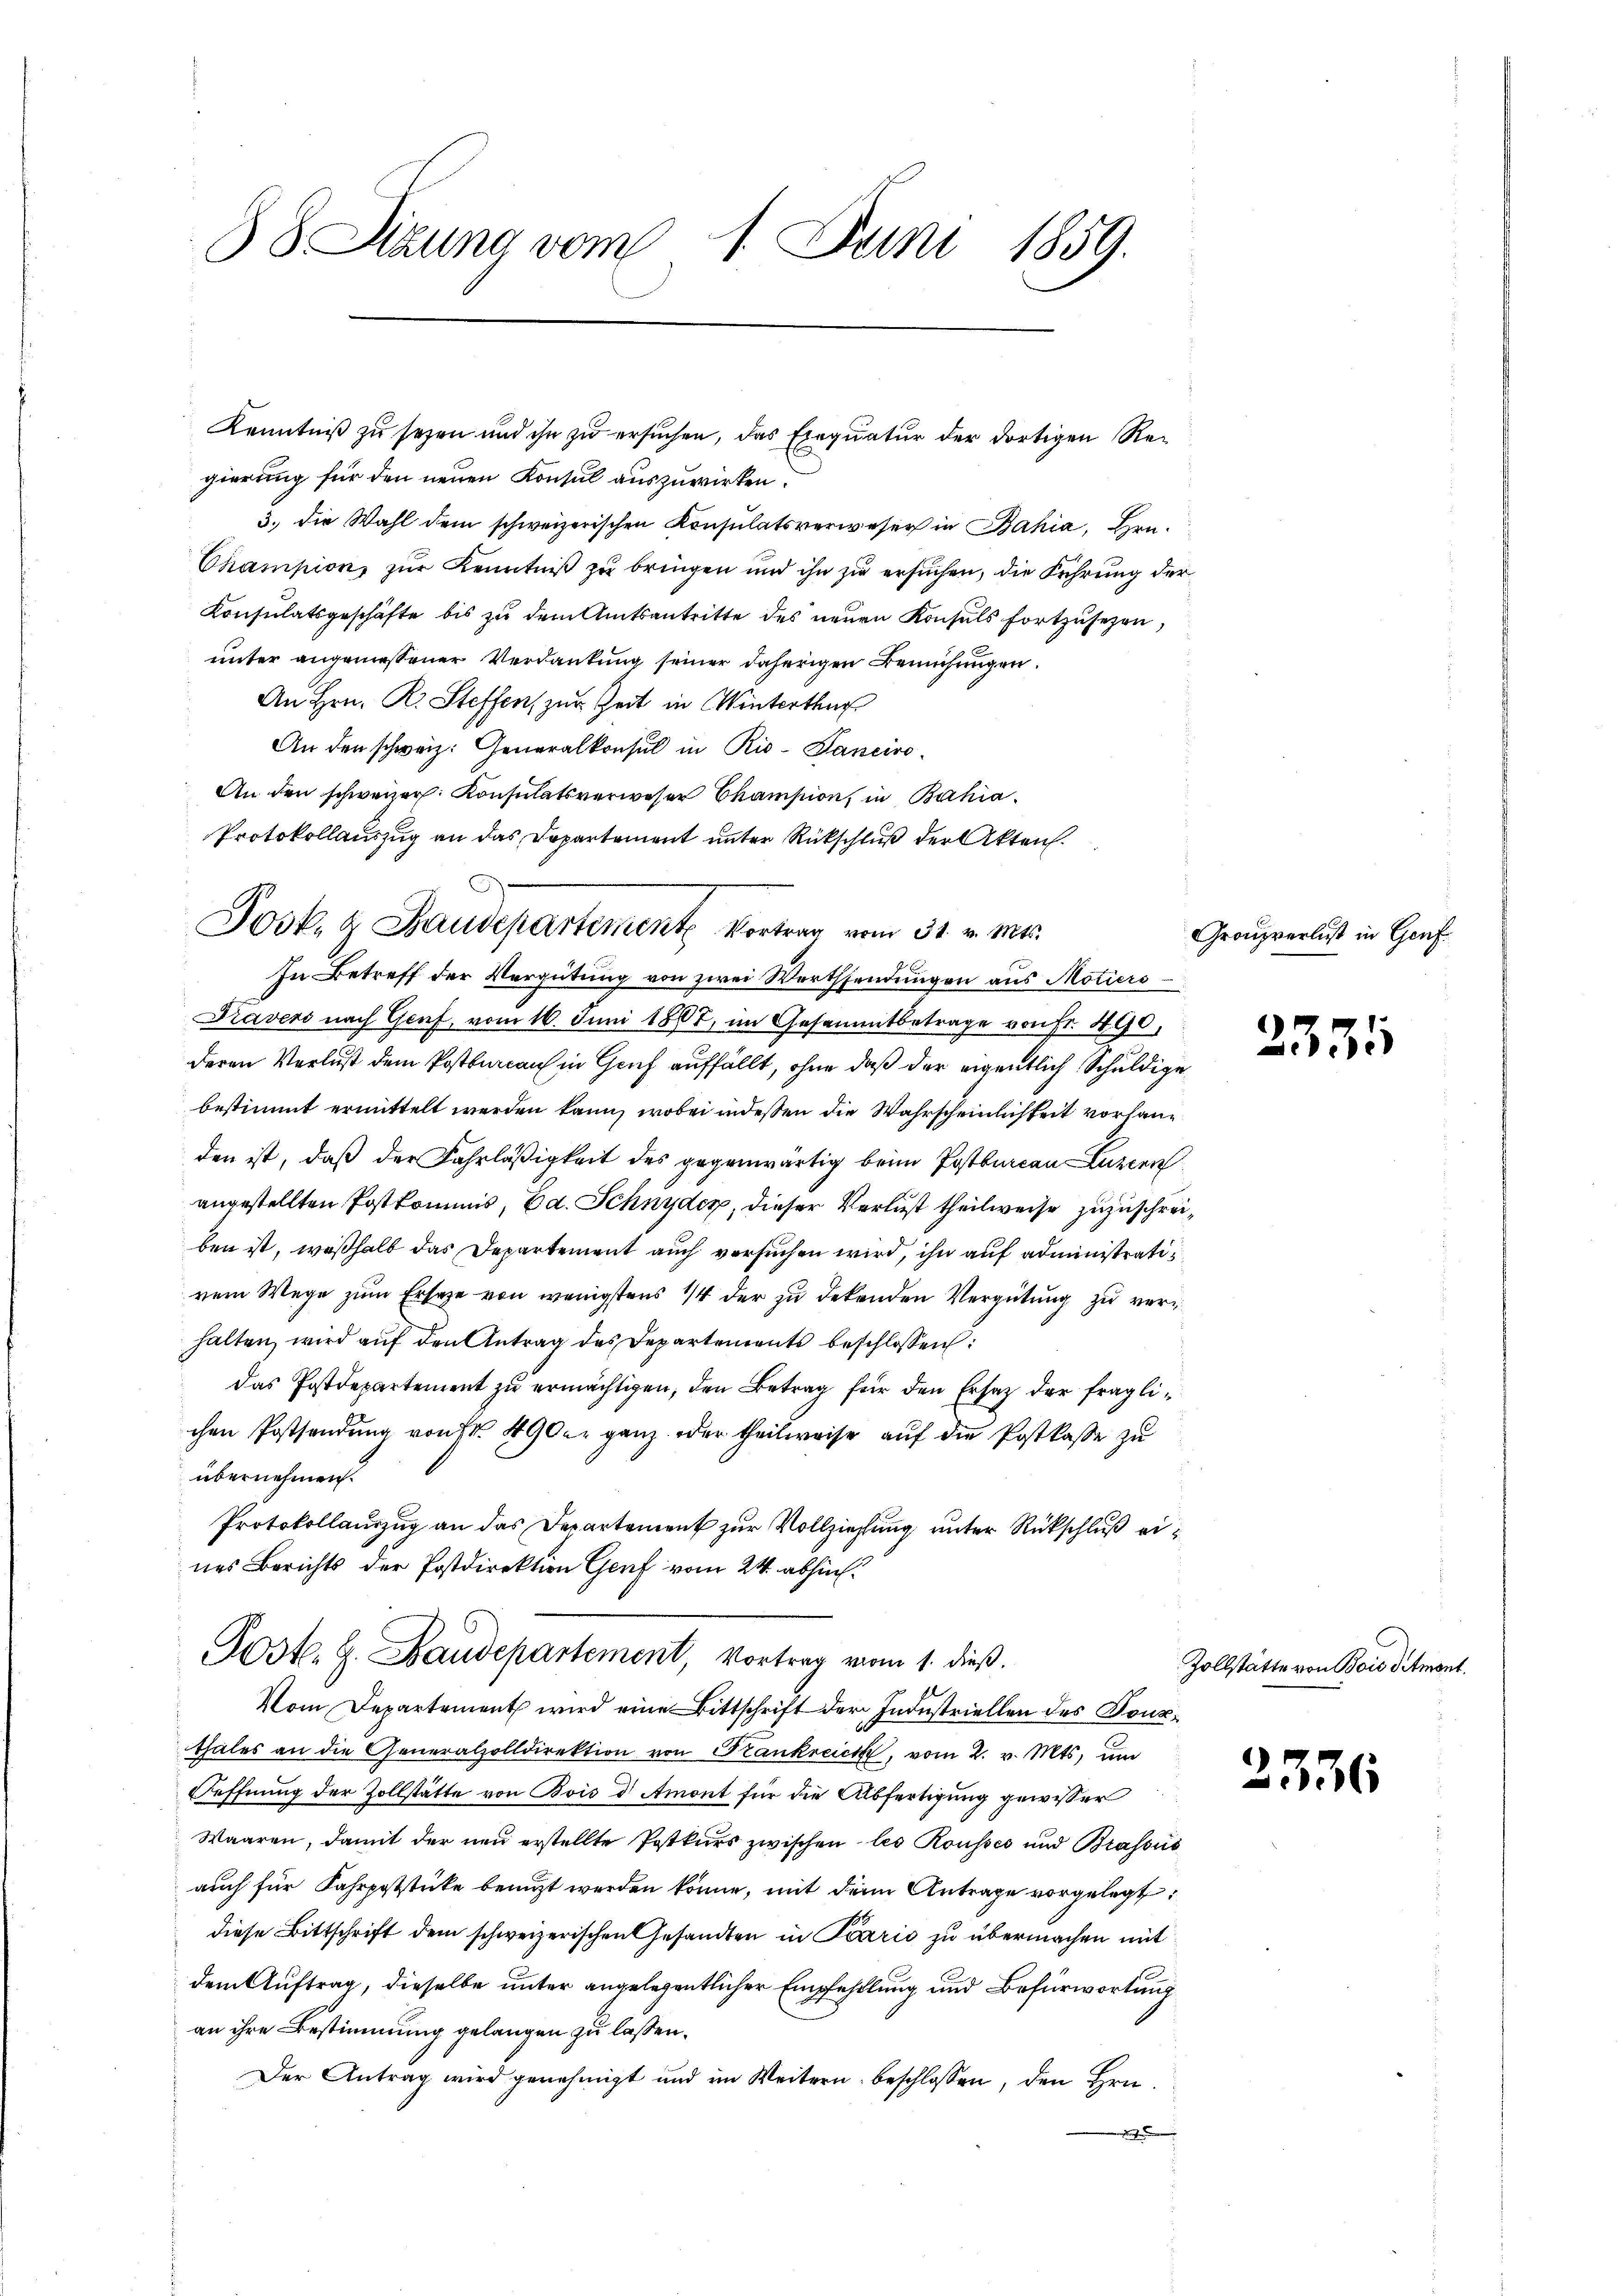
88 Sizung vom 1. Juni 1859.

Kenntniß zu seyen und ihn zu ersuchen, das Exequatur der dortigen Regierung für den neuen Konsul auszuwirken.
3. die Wahl dem schweizerischen Konsulatsverweser in Bahia, Hrn.
Champions zur Kenntniß zu bringen und ihn zu ersuchen, die Führung der
Konsulatsgeschäfte bis zu dem Amtsantritte des neuen Konsuls fortzusehen,
unter angemessener Verdankung seiner daherigen Bemühungen.
An Hrn. R. Steffen zur Zeit in Winterthag
An den schweiz. Generalkonsul in Rio-Panciro¬
An den schweizer. Konsulatsverweser Champion, in Bahia¬
Protokollauszug an das Departement unter Rückschluß der Akten.
In Betreff der Vergütung von zwei Werthsendungen aus Motiers
Pravers nach Genf, vom 16. Juni 1867, im Gesammtbetrage von Fr. 490,
deren Verlust dem Postbureau in Geich auffällt, ohne daß der eigentlich Schuldige
bestimmt ermittelt werden kann, wobei indessen die Wahrscheinlichkeit vorhanden ist, daß der Fahrläßigkeit des gegenwärtig beim Postbureau Luzern
angestellten Postkommis, Ed. Schnyder, dieser Verlust theilweise zuzuschreiben ist, weßhalb das Departement auch versuchen wird, ihn auf administratis
vem Wege zum Ersatze von wenigstens 1/4 der zu dekenden Vergütung zu verhalten, wird aŭf den Antrag des Departements beschlossen:
das Postdepartement zu ermächtigen, den Betrag für den Ersatz der fraglichen Postsendung von Nr. 490er ganz oder theilweise auf die Postkasse zu
übernehmen.
Protokollauszug an das Departement zur Vollziehung unter Rückschluß eines Berichts der Postdirektion Genf vom 24. abhin.
Poste. H. Baudepartement, Vortrag vom 1. dieß.
Vom Departement wird eine Bittschrift der Industriellen des Tonsthales an die Generalzolldirektion von Krankreich, vom 2. v. Mts. und
Oeffnung der Zollstätte von Bois d Amont für die Abfertigung gewisser
Waaren, damit der neu erstellte Postkurs zwischen les Rousses und Brassis
auch für Fahrpoststücke benuzt werden könne, mit dem Antrage vorgelegt:
diese Bittschrift dem schweizerischen Gesandten in Pario zu übermachen mit
dem Auftrag, dieselbe unter angelegentlicher Empfehlung und Befürwortung
an ihre Bestimmung gelangen zu lassen.
Der Antrag wird genehmigt und im Weitern beschlossen, den Hrn.

Jook. & Baudepartemente Vortrag vom 31. v. Mts.

Granzverlust in Genf

2331

Zollstätte von Bois Simont.

2336